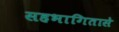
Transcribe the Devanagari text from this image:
सहभागितासे